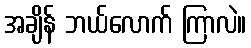
အချိန် ဘယ်လောက် ကြာလဲ။